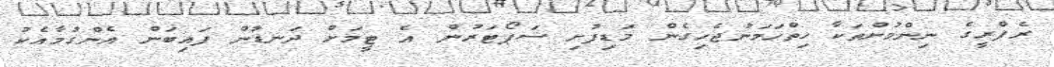
ރެފްރީގެ ނިންމުންތަކާ ހިތްހަމަނުޖެހިގެން މަޑިފުށި ސަޕޯޓަރުން އެ ޓީމަށް ދަނޑުން ފައިބަން އެންގުމާއެކު